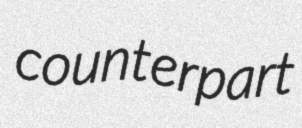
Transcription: counterpart